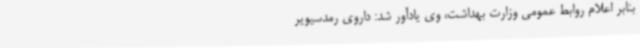
بنابر اعلام روابط عمومی وزارت بهداشت، وی یادآور شد: داروی رمدسیویر